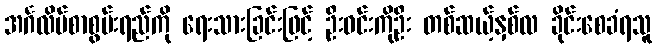
အင်္ဂလိပ်စာစွမ်းရည်ကို ရေးသားခြင်းဖြင့် ဦးဝင်းကိုဦး တစ်ဆယ့်နှစ်လ ခိုင်းစေခံရသူ